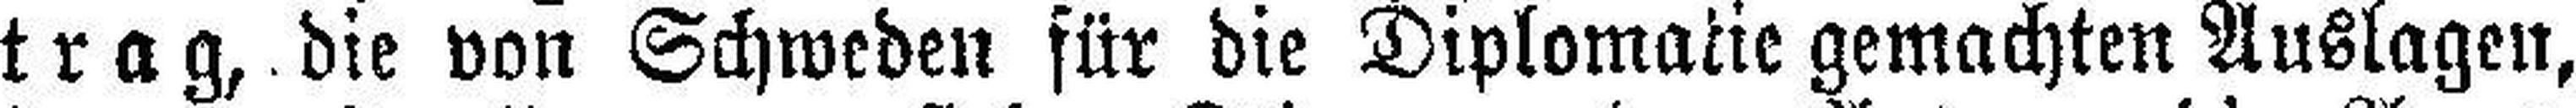
trag, die von Schweden für die Diplomatie gemachten Auslagen,